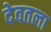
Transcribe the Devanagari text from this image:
देवतला